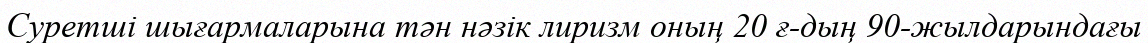
Суретші шығармаларына тән нәзік лиризм оның 20 ғ-дың 90-жылдарындағы